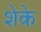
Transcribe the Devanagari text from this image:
शेके